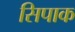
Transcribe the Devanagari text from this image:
सिपाक